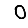
Digit: 0